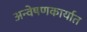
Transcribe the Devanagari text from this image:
अन्वेषणकार्यात